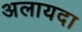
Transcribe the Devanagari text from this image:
अलायदा